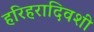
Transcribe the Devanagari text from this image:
हरिहरादिवशी